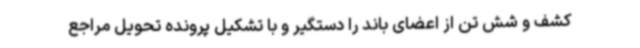
کشف و شش تن از اعضای باند را دستگیر و با تشکیل پرونده تحویل مراجع